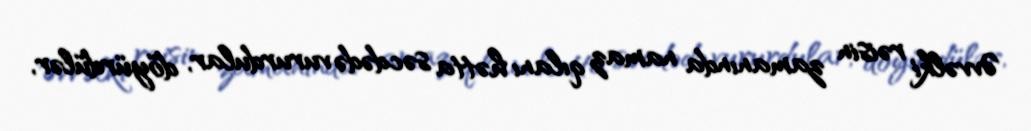
Əvvəlki rəisin zamanında namaz qılanı hətta səcdədə vururdular, döyürdülər,